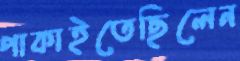
পাকাইতেছিলেন